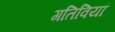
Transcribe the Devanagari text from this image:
गतिवियां